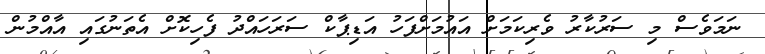
ނަމަވެސް މި ސަރުކާރު ވެރިކަމަށް އައުމަށްފަހު އަޑިޕާކް ސަރަހައްދު ފެހިކޮށް އެތަނުގައި އާއްމުން